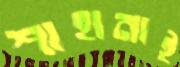
শাহানাই